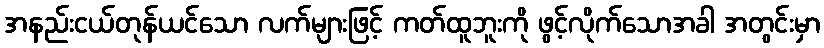
အနည်းငယ်တုန်ယင်သော လက်များဖြင့် ကတ်ထူဘူးကို ဖွင့်လိုက်သောအခါ အတွင်းမှာ